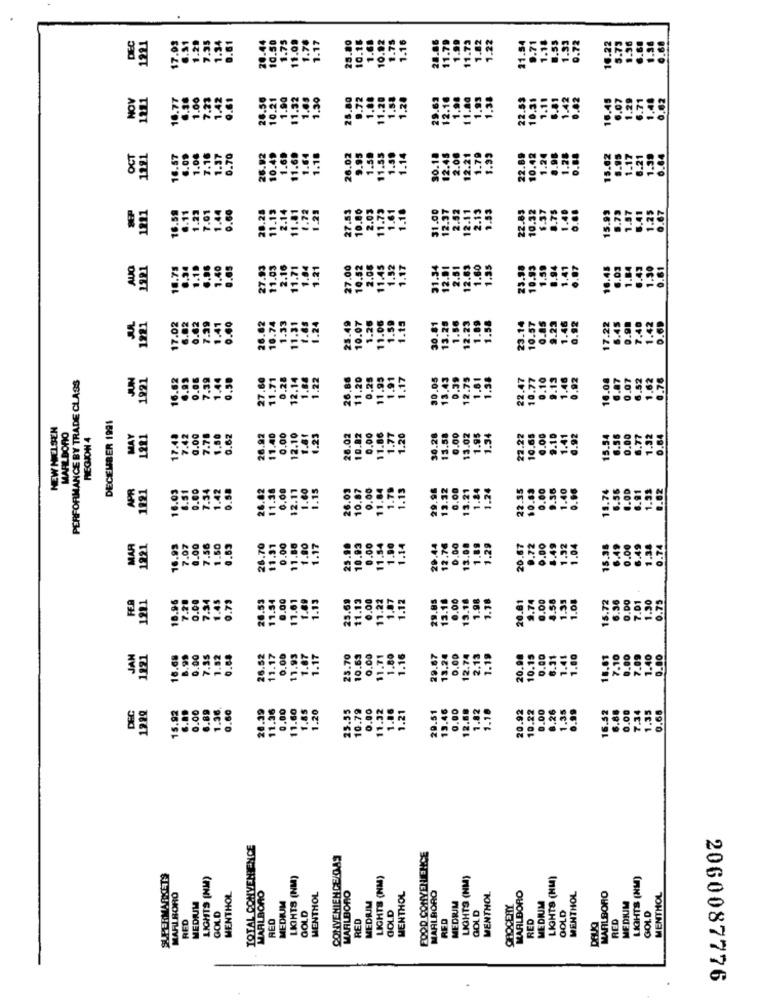
.28
20.44
10.50
1.75
1.17
28.80
10.18
1.68
10.92
1.75
1.16
28.86
11.79
1.99
11.73
1.82
1.22
11.54
0.71
.55
DEC
1221
17.03
11.00
1.78
1.1
16.2
NOV
10.77
.00
26.50
.90
1.30
25.80
9.72
1.08
11.20
1.58
1.20
29.63
12.16
1,98
11.80
1.38
22.58
1211
7.2
0.6
10.21
11.
1.4
1.9
10.5
26.92
1.69
9.95
1.59
11.55
1.59
12.45
OCT
1281
16.57
10.49
11.69
26.02
1.14
30.14
12.21
1.79
22.89
10.42
2.0
28.28
27.53
10.80
2.03
11.73
1.61
$1.00
37
2.13
22.83
1211
12.
AUO
1921
7.00
2.0
.62
6.62
1.26
1.06
.15
1.89
1921
17.02
10.07
25.
PERFORMANCE BY TRADE CLASS
JUN
1921
16.62
1.95
0.0
7.3
22.
27.
12.
11.
DECEMBER 1991
NEW NIELSEN
MARLBORO
1.50
11.40
12.10
REGION 4
MAY
1281
17.48
7.42
0.00
7.78
0.63
6.92
0.00
26.02
10.92
0.00
11.86
1.20
13.
22.2
15.
APR
16.03
6.51
0.00
7.34
1.42
26.82
11.38
0,00
12.11
1.15
26.03
10.87
0.00
1.13
29.96
13.32
0.00
13.21
1.24
22.35
0.5
1.60
11.84
1.7
12.76
20.67
MAR
1221
16.99
7.07
0.00
7.56
1.50
0.63
26.70
11.31
0.00
11.88
1.80
1.17
25.90
10.93
0.00
11.54
1.90
1.14
20.44
13.08
FEA
1221
18.96
7.20
0.00
7.34
1.45
0.79
26.53
11.34
0.00
11.61
1.89
1.13
25.69
11.13
0.00
11.22
1.87
1.12
29.85
13.16
0.00
13.18
1.98
1.78
20.81
0.00
1921
JAN
16.68
8.95
0.00
7.35
1.52
0.68
26.52
11.17
0.00
11.93
1.87
1.17
23.70
10.63
0.00
11.71
1.80
1.16
29.67
13.24
0.00
12.74
2.13
1.19
20.98
10.15
.0.00
7.09
1.40
3.80
DEC
15.92
0.00
6.89
1.36.
0.60
20.39
11.36
0.00
11.60
1.85
1.20
25.55
10.79
0.00
11.32
1.86
1.21
20.51
13.46
0.00
12.68
1.82
20.92
.00
.26
TOTAL CONVENIENCE
CONVENIENCE/GAS
FOOD CONVENIENCE
SUPERMARKETS
LIGHTS (NM)
LIGHTS (NM)
LIGHTS (NM)
LIGHTS (NM)
LIGHTS (HM)
LIGHTS (NM)
MARLBORO
MARLBORO
MARLBORO
MENTHOL
MEDIUM
MENTHOL
MEDRIM
MENTHOL
MARLBORO
MEDRIM
MENTHOL
MARLBORO
MEDIUM
MENTHOL
MARLBORO
MENTHOL
MEDIUM
GOLD
GROCERY
GOLD
RED
GOLD
RED
GOLD
RED
RED
GOLD
RED
OOLD
RED
2060087776